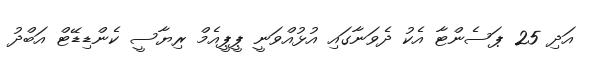
އަދި 25 ޕަސެންޓާ އެކު ދެވަނާގައި އުޅުއްވަނީ ޕީޕީއެމް ރިޔާސީ ކެންޑިޑޭޓް އަބްދު